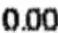
0.00